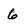
Character: 6